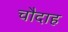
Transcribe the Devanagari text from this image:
चौदाह